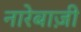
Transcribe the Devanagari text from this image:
नारेबाज़ी